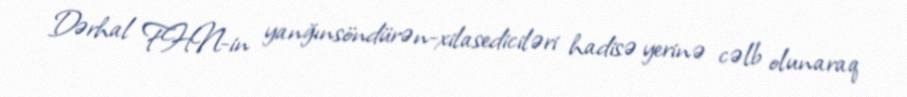
Dərhal FHN-in yanğınsöndürən-xilasediciləri hadisə yerinə cəlb olunaraq